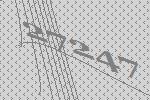
27247